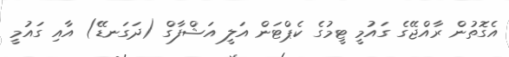
އެގޮތުން ރާއްޖޭގެ ގައުމީ ޓީމުގެ ކެޕްޓަން އަލީ އަޝްފާގް (ދަގަނޑޭ) އާއި ގައުމީ